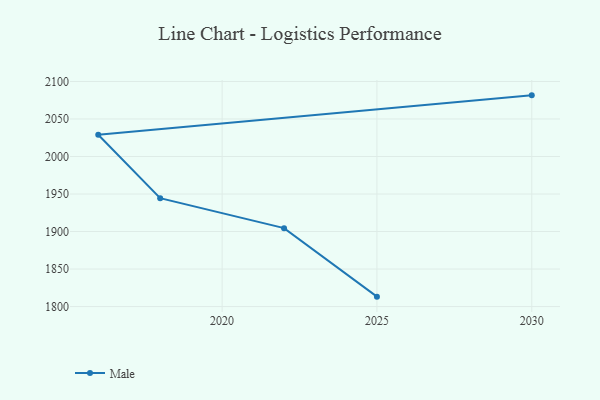
{"axis": {"x": "Year", "y": "Waste Production (Tons)"}, "legend": ["Male"], "data": [{"x": "2030", "y": 2081.5, "type": "Male"}, {"x": "2016", "y": 2028.9, "type": "Male"}, {"x": "2018", "y": 1944.4, "type": "Male"}, {"x": "2022", "y": 1904.5, "type": "Male"}, {"x": "2025", "y": 1813.2, "type": "Male"}]}